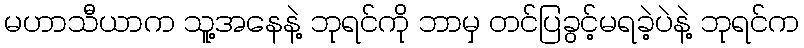
မဟာသီယာက သူ့အနေနဲ့ ဘုရင်ကို ဘာမှ တင်ပြခွင့်မရခဲ့ပဲနဲ့ ဘုရင်က